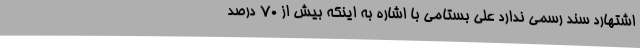
اشتهارد سند رسمی ندارد علی بستامی با اشاره به اینکه بیش از 70 درصد